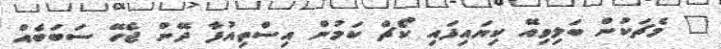
" މެޗަކުން ބަލިވިއޭ ކިޔައިފައި ކޯޗް ކަމުން އިސްތިއުފާ ދޭން ޖެހޭ ސަބަބެއް